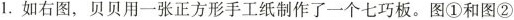
1.如右图，贝贝用一张正方形手工纸制作了一个七巧板。图①和图②